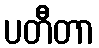
ပတီတာ